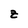
Character: z